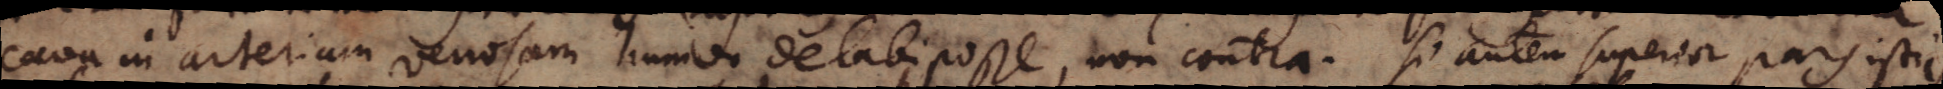
cava in arteriam venosam humor delabi posse, non contra. Si autem superior pars istius